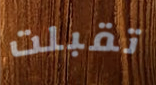
تقبلت